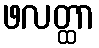
ဖလတ္ထာ